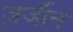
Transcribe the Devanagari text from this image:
ज़र्जीन